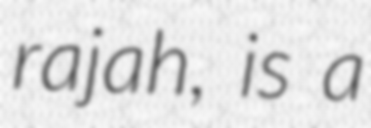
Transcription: rajah, is a